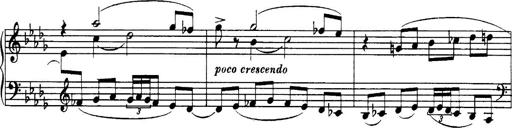
Title: 3 Sonatinas, Op.67
Composer: Jean Sibelius